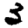
Digit: 3